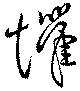
懼